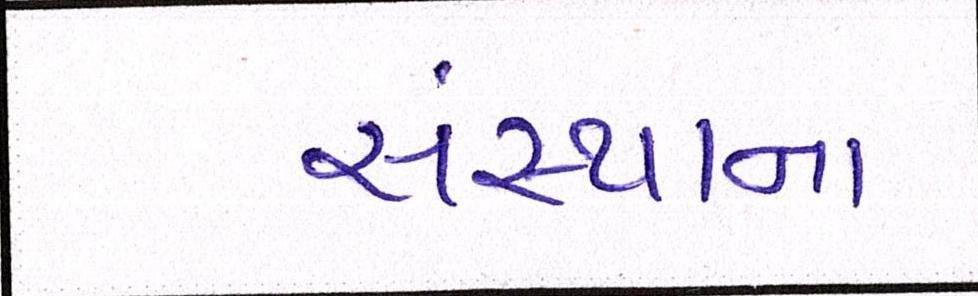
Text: સંસ્થાના